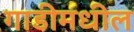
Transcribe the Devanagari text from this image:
गाडीमधील